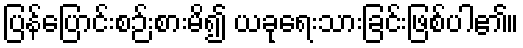
ပြန်ပြောင်းစဉ်းစားမိ၍ ယခုရေးသားခြင်းဖြစ်ပါ၏။